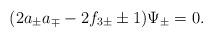
LaTeX: \begin{align*}(2a_ \pm a_\mp - 2f_{3\pm} \pm 1 ) \Psi_\pm = 0. \end{align*}